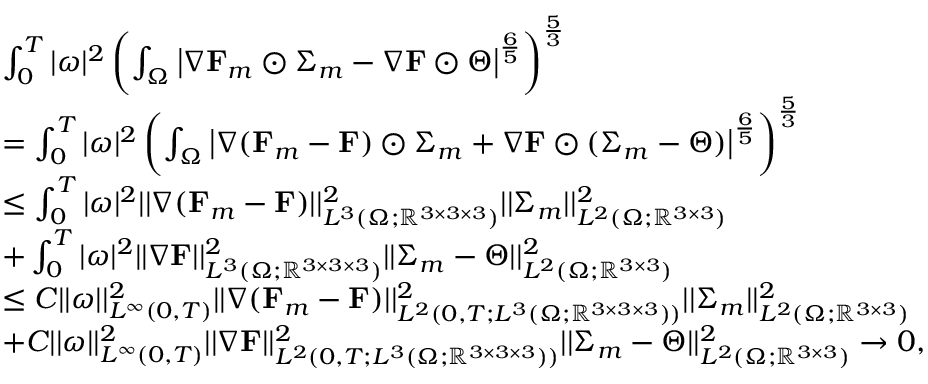
\begin{array} { r l } & { \int _ { 0 } ^ { T } | \omega | ^ { 2 } \left( \int _ { \Omega } \left| \nabla \mathbf { F } _ { m } \odot \boldsymbol { \Sigma } _ { m } - \nabla \mathbf { F } \odot \boldsymbol { \Theta } \right| ^ { \frac { 6 } { 5 } } \right) ^ { \frac { 5 } { 3 } } } \\ & { = \int _ { 0 } ^ { T } | \omega | ^ { 2 } \left( \int _ { \Omega } \left| \nabla ( \mathbf { F } _ { m } - \mathbf { F } ) \odot \boldsymbol { \Sigma } _ { m } + \nabla \mathbf { F } \odot ( \boldsymbol { \Sigma } _ { m } - \boldsymbol { \Theta } ) \right| ^ { \frac { 6 } { 5 } } \right) ^ { \frac { 5 } { 3 } } } \\ & { \leq \int _ { 0 } ^ { T } | \omega | ^ { 2 } | | \nabla ( \mathbf { F } _ { m } - \mathbf { F } ) | | _ { L ^ { 3 } ( \Omega ; \mathbb { R } ^ { 3 \times 3 \times 3 } ) } ^ { 2 } | | \boldsymbol { \Sigma } _ { m } | | _ { L ^ { 2 } ( \Omega ; \mathbb { R } ^ { 3 \times 3 } ) } ^ { 2 } } \\ & { + \int _ { 0 } ^ { T } | \omega | ^ { 2 } | | \nabla \mathbf { F } | | _ { L ^ { 3 } ( \Omega ; \mathbb { R } ^ { 3 \times 3 \times 3 } ) } ^ { 2 } | | \boldsymbol { \Sigma } _ { m } - \boldsymbol { \Theta } | | _ { L ^ { 2 } ( \Omega ; \mathbb { R } ^ { 3 \times 3 } ) } ^ { 2 } } \\ & { \leq C | | \omega | | _ { L ^ { \infty } ( 0 , T ) } ^ { 2 } | | \nabla ( \mathbf { F } _ { m } - \mathbf { F } ) | | _ { L ^ { 2 } ( 0 , T ; L ^ { 3 } ( \Omega ; \mathbb { R } ^ { 3 \times 3 \times 3 } ) ) } ^ { 2 } | | \boldsymbol { \Sigma } _ { m } | | _ { L ^ { 2 } ( \Omega ; \mathbb { R } ^ { 3 \times 3 } ) } ^ { 2 } } \\ & { + C | | \omega | | _ { L ^ { \infty } ( 0 , T ) } ^ { 2 } | | \nabla \mathbf { F } | | _ { L ^ { 2 } ( 0 , T ; L ^ { 3 } ( \Omega ; \mathbb { R } ^ { 3 \times 3 \times 3 } ) ) } ^ { 2 } | | \boldsymbol { \Sigma } _ { m } - \boldsymbol { \Theta } | | _ { L ^ { 2 } ( \Omega ; \mathbb { R } ^ { 3 \times 3 } ) } ^ { 2 } \to 0 , } \end{array}